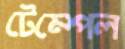
টেম্পেল